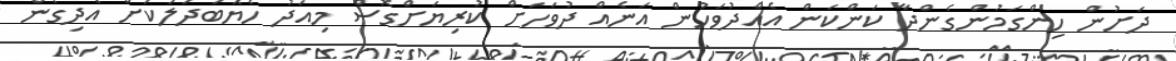
ދަށުން ހިންގަމުންގެންދާ ކަންކަން އެއްދުވަހުން އަނެއް ދުވަހަށް ކުރިޔަށްގޮސް މިއަދު ހެޔޮބަދަލަކަށް އެދިގެން